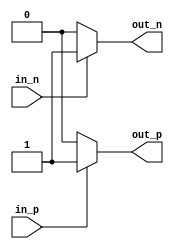
module ECL_buffer (
    input wire in_p, // ECL input signal positive
    input wire in_n, // ECL input signal negative
    output reg out_p, // Buffered output signal positive
    output reg out_n // Buffered output signal negative
);

reg diff_out_p, diff_out_n; // Differential amplifier output
reg shift_out_p, shift_out_n; // Level shifter output

// Differential amplifier
assign diff_out_p = in_p;
assign diff_out_n = in_n;

// Level shifter
always @* begin
    if (diff_out_p) begin
        shift_out_p = 1'b1;
    end else begin
        shift_out_p = 1'b0;
    end
    
    if (diff_out_n) begin
        shift_out_n = 1'b1;
    end else begin
        shift_out_n = 1'b0;
    end
end

// Drive circuit
always @* begin
    out_p = shift_out_p;
    out_n = shift_out_n;
end

endmodule